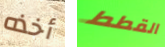
أخذه القطط